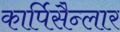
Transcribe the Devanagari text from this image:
कार्पिसैन्लार